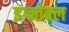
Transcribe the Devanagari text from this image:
इग्नोबल